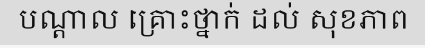
បណ្តាល គ្រោះថ្នាក់ ដល់ សុខភាព